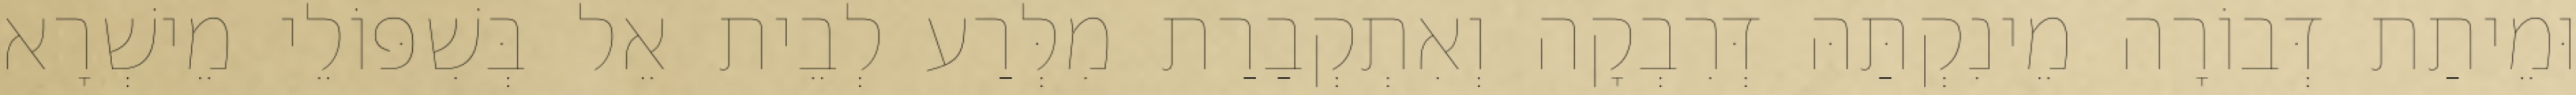
וּמֵיתַת דְּבוֹרָה מֵינִקְתַּהּ דְּרִבְקָה וְאִתְקְבַרַת מִלְּרַע לְבֵית אֵל בְּשִׁפּוֹלֵי מֵישְׁרָא